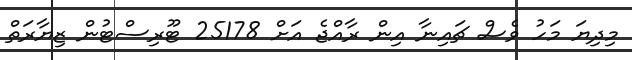
މިދިޔަ މަހު ވެސް ޗައިނާ އިން ރާއްޖެ އަށް 25178 ޓޫރިސްޓުން ޒިޔާރަތް